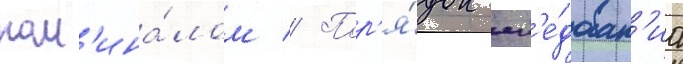
ном'ина́лом // Пор'я́док сл'е́дован'иа